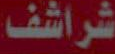
شراشف